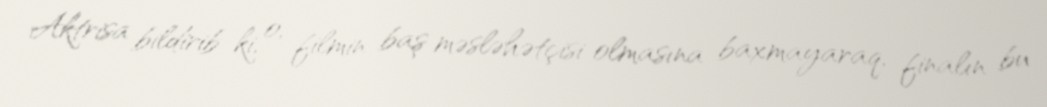
Aktrisa bildirib ki, o, filmin baş məsləhətçisi olmasına baxmayaraq, finalın bu